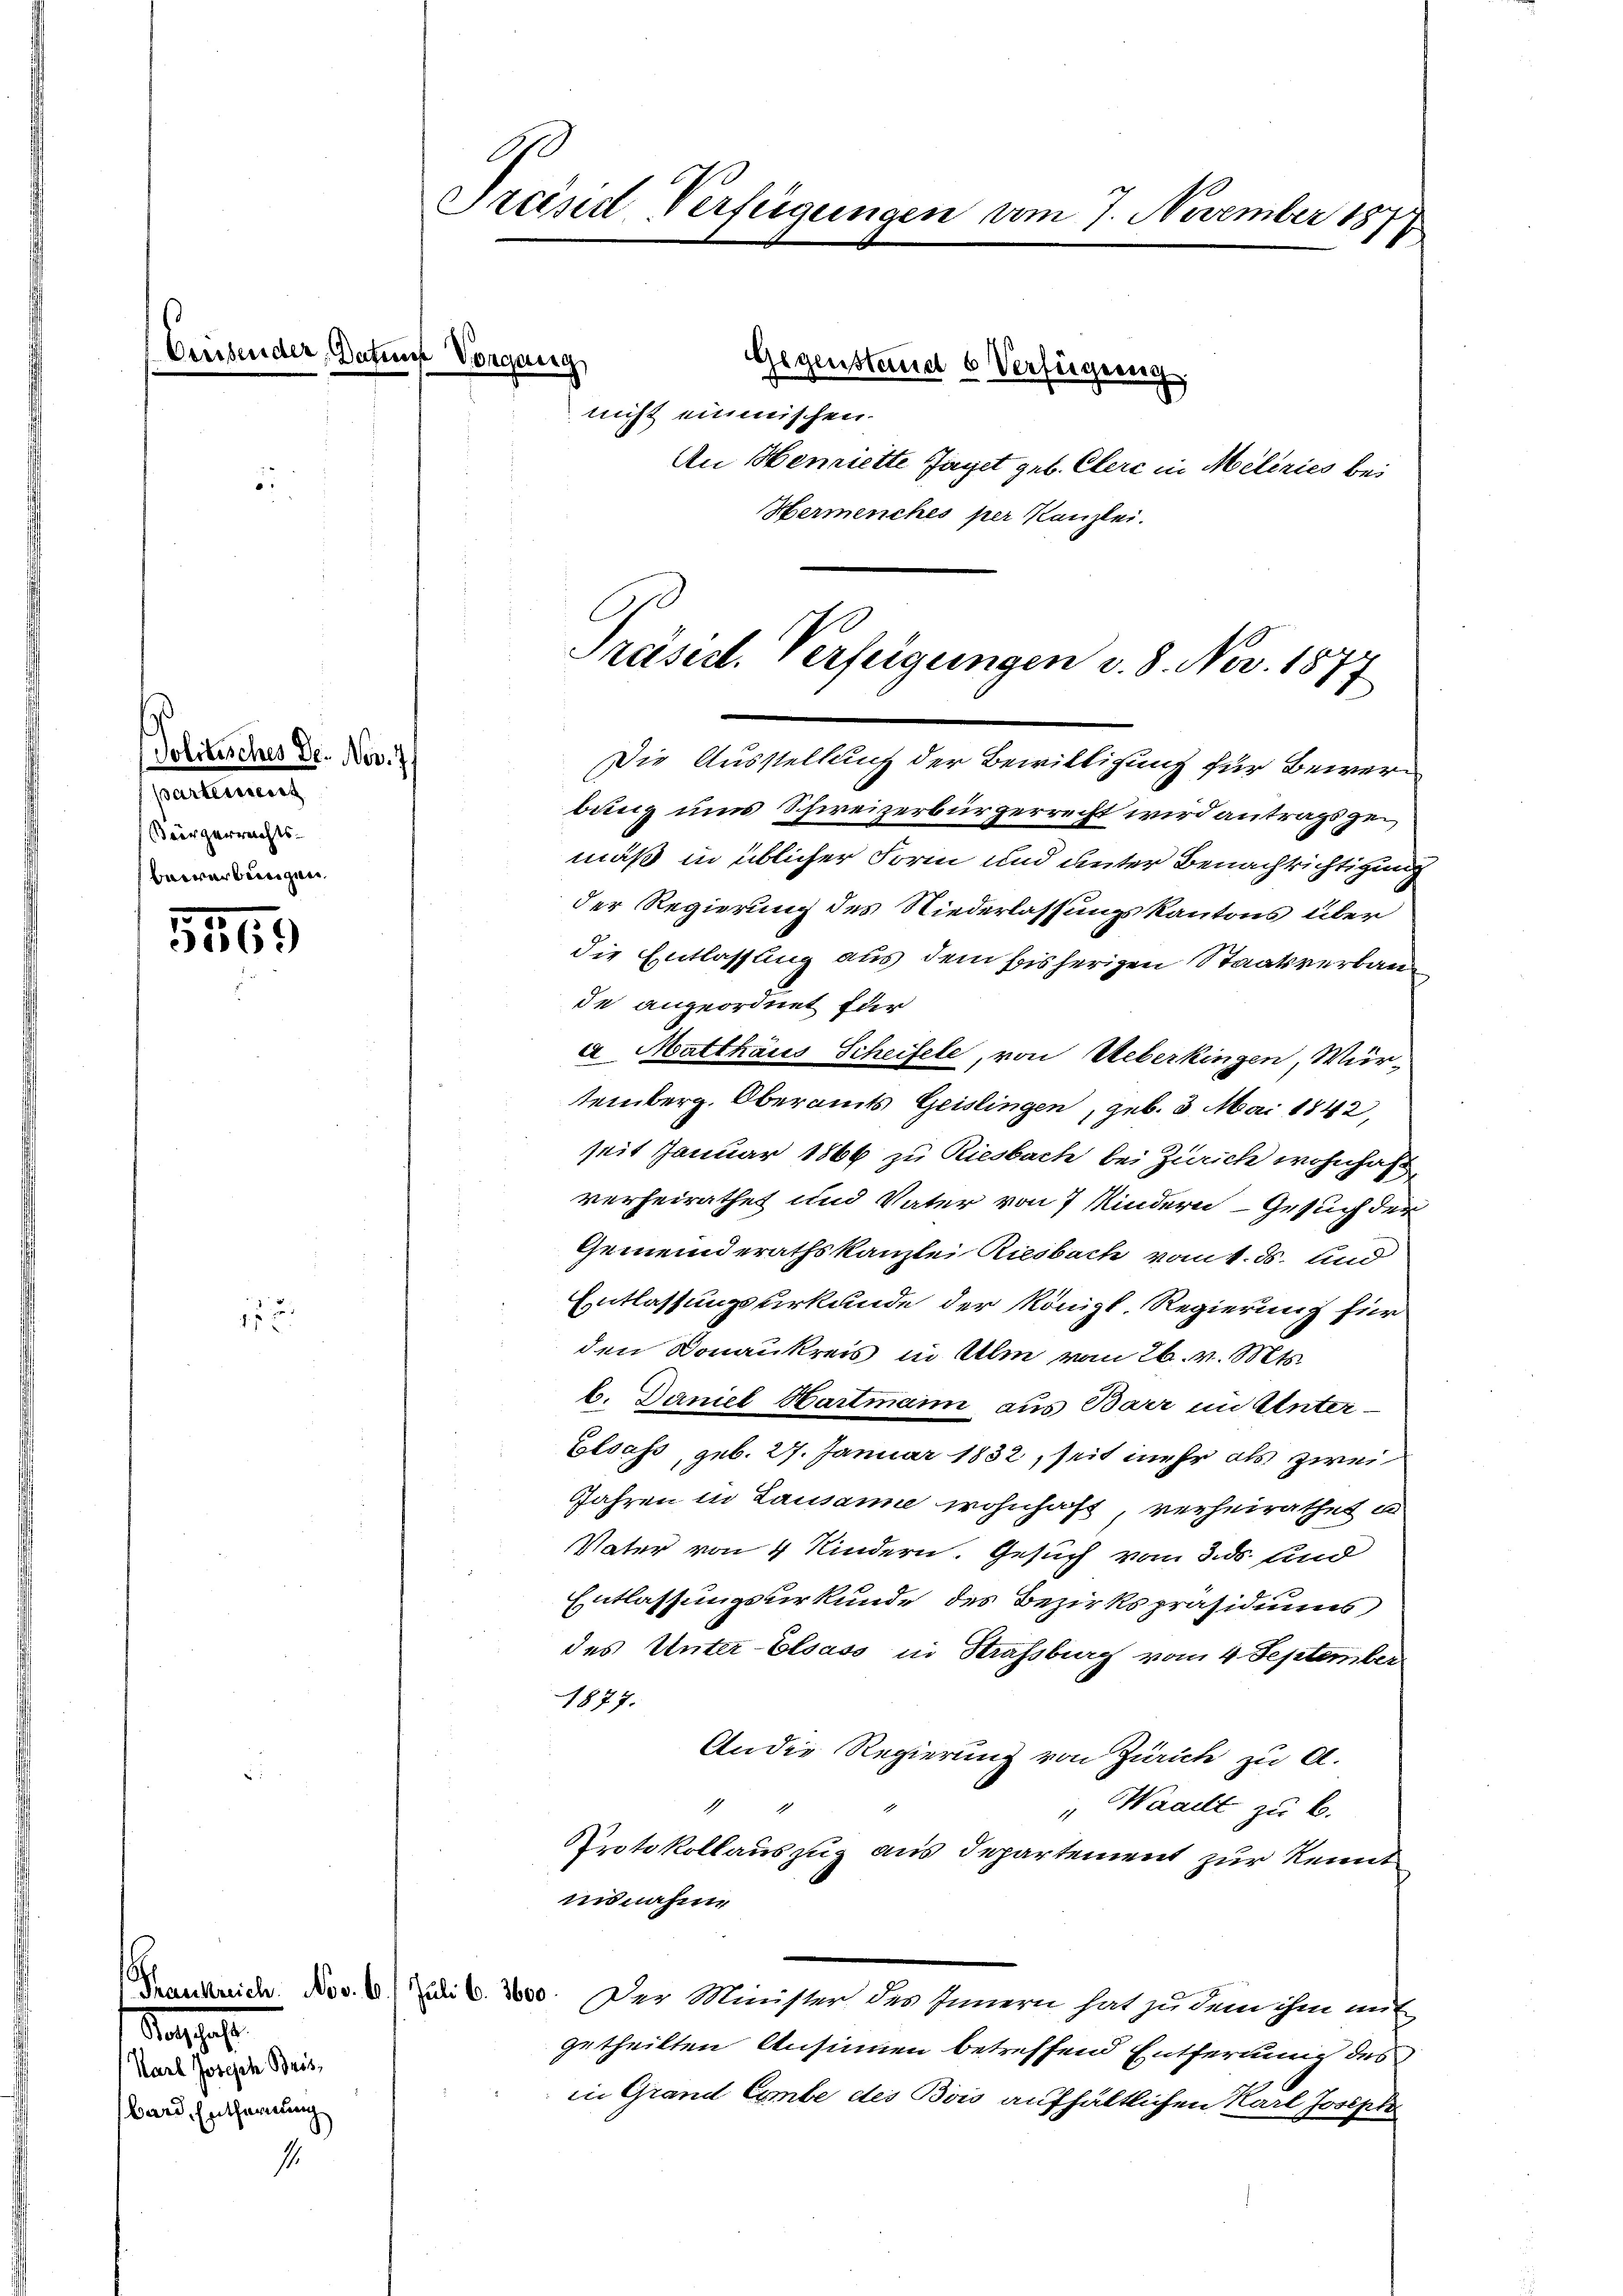
Criesend

5569

15

er G

Politisches Dr. Nov. 7.
partierung
Bürgerreichts-
beearbeinigen.

11.

afung Vorgang

Malgese
Karl Joseph Bris,
bard. Entfernung

Preisd Verfügungen vom 7. November 18
.

bung uns Schweizerbürgerrecht wird antrags gemäß in üblicher Form und unter Benachrichtigung
der Regierung des Niederlassungskantons über
die Entlassung aus dem bisherigen Staatsverbaude angeordnet für
a Matthaus Scheifele, von Ueberkingen, Wür-
temberg. Oberamts Geislingen, geb. 3. Mai 1842,
seit Januar 1866 zu Riesbach bei Zürich wohnhaft
verheirathet und Vater von 7 Kindern - Gesuch der
Gemeinderathskanzlei Riesbach vom 1. ds. und
Entlassungsurkunde der Königl. Regierung für
den Donaukreis in Ulm vom 26. v. Mts.
b. Daniel Hartmann aus Barr im Unter¬
Elsass, geb. 27. Januar 1832, seit mehr als zwei
Jahren in Lausanne wohnhaft, verheirathet un
Vater von 4 Kindern. Gesuch vom 3. ds. und
Entlassungsurkunde des Bezirkspräsidiums
des Unter-Elsass in Strafsburg vom 4. September
1877.
An die Regierung von Zürich zu A.
1 18
Waadt zu B.
Protokollauszug aus Departement zur Kennt
insnahme
Veneckreich. Nov. 6. Juli v. 2600. Der Minister des Innern hat zu dem ihm mit
getheilten Ansinnen betreffend Entfernung des
in Grand Combe des Bois aufhältlichen Karl Josepte

nicht einmischen.

Präsid. Verfeigungen v. 8. Nov. 1877
Die Ausstellung der Bewilligung für Bewer¬

Gegenstandt 6 Verfügung
An Hemiette Jaget geb. Clere in Meleries bei
Hermenches per Kanzlei.